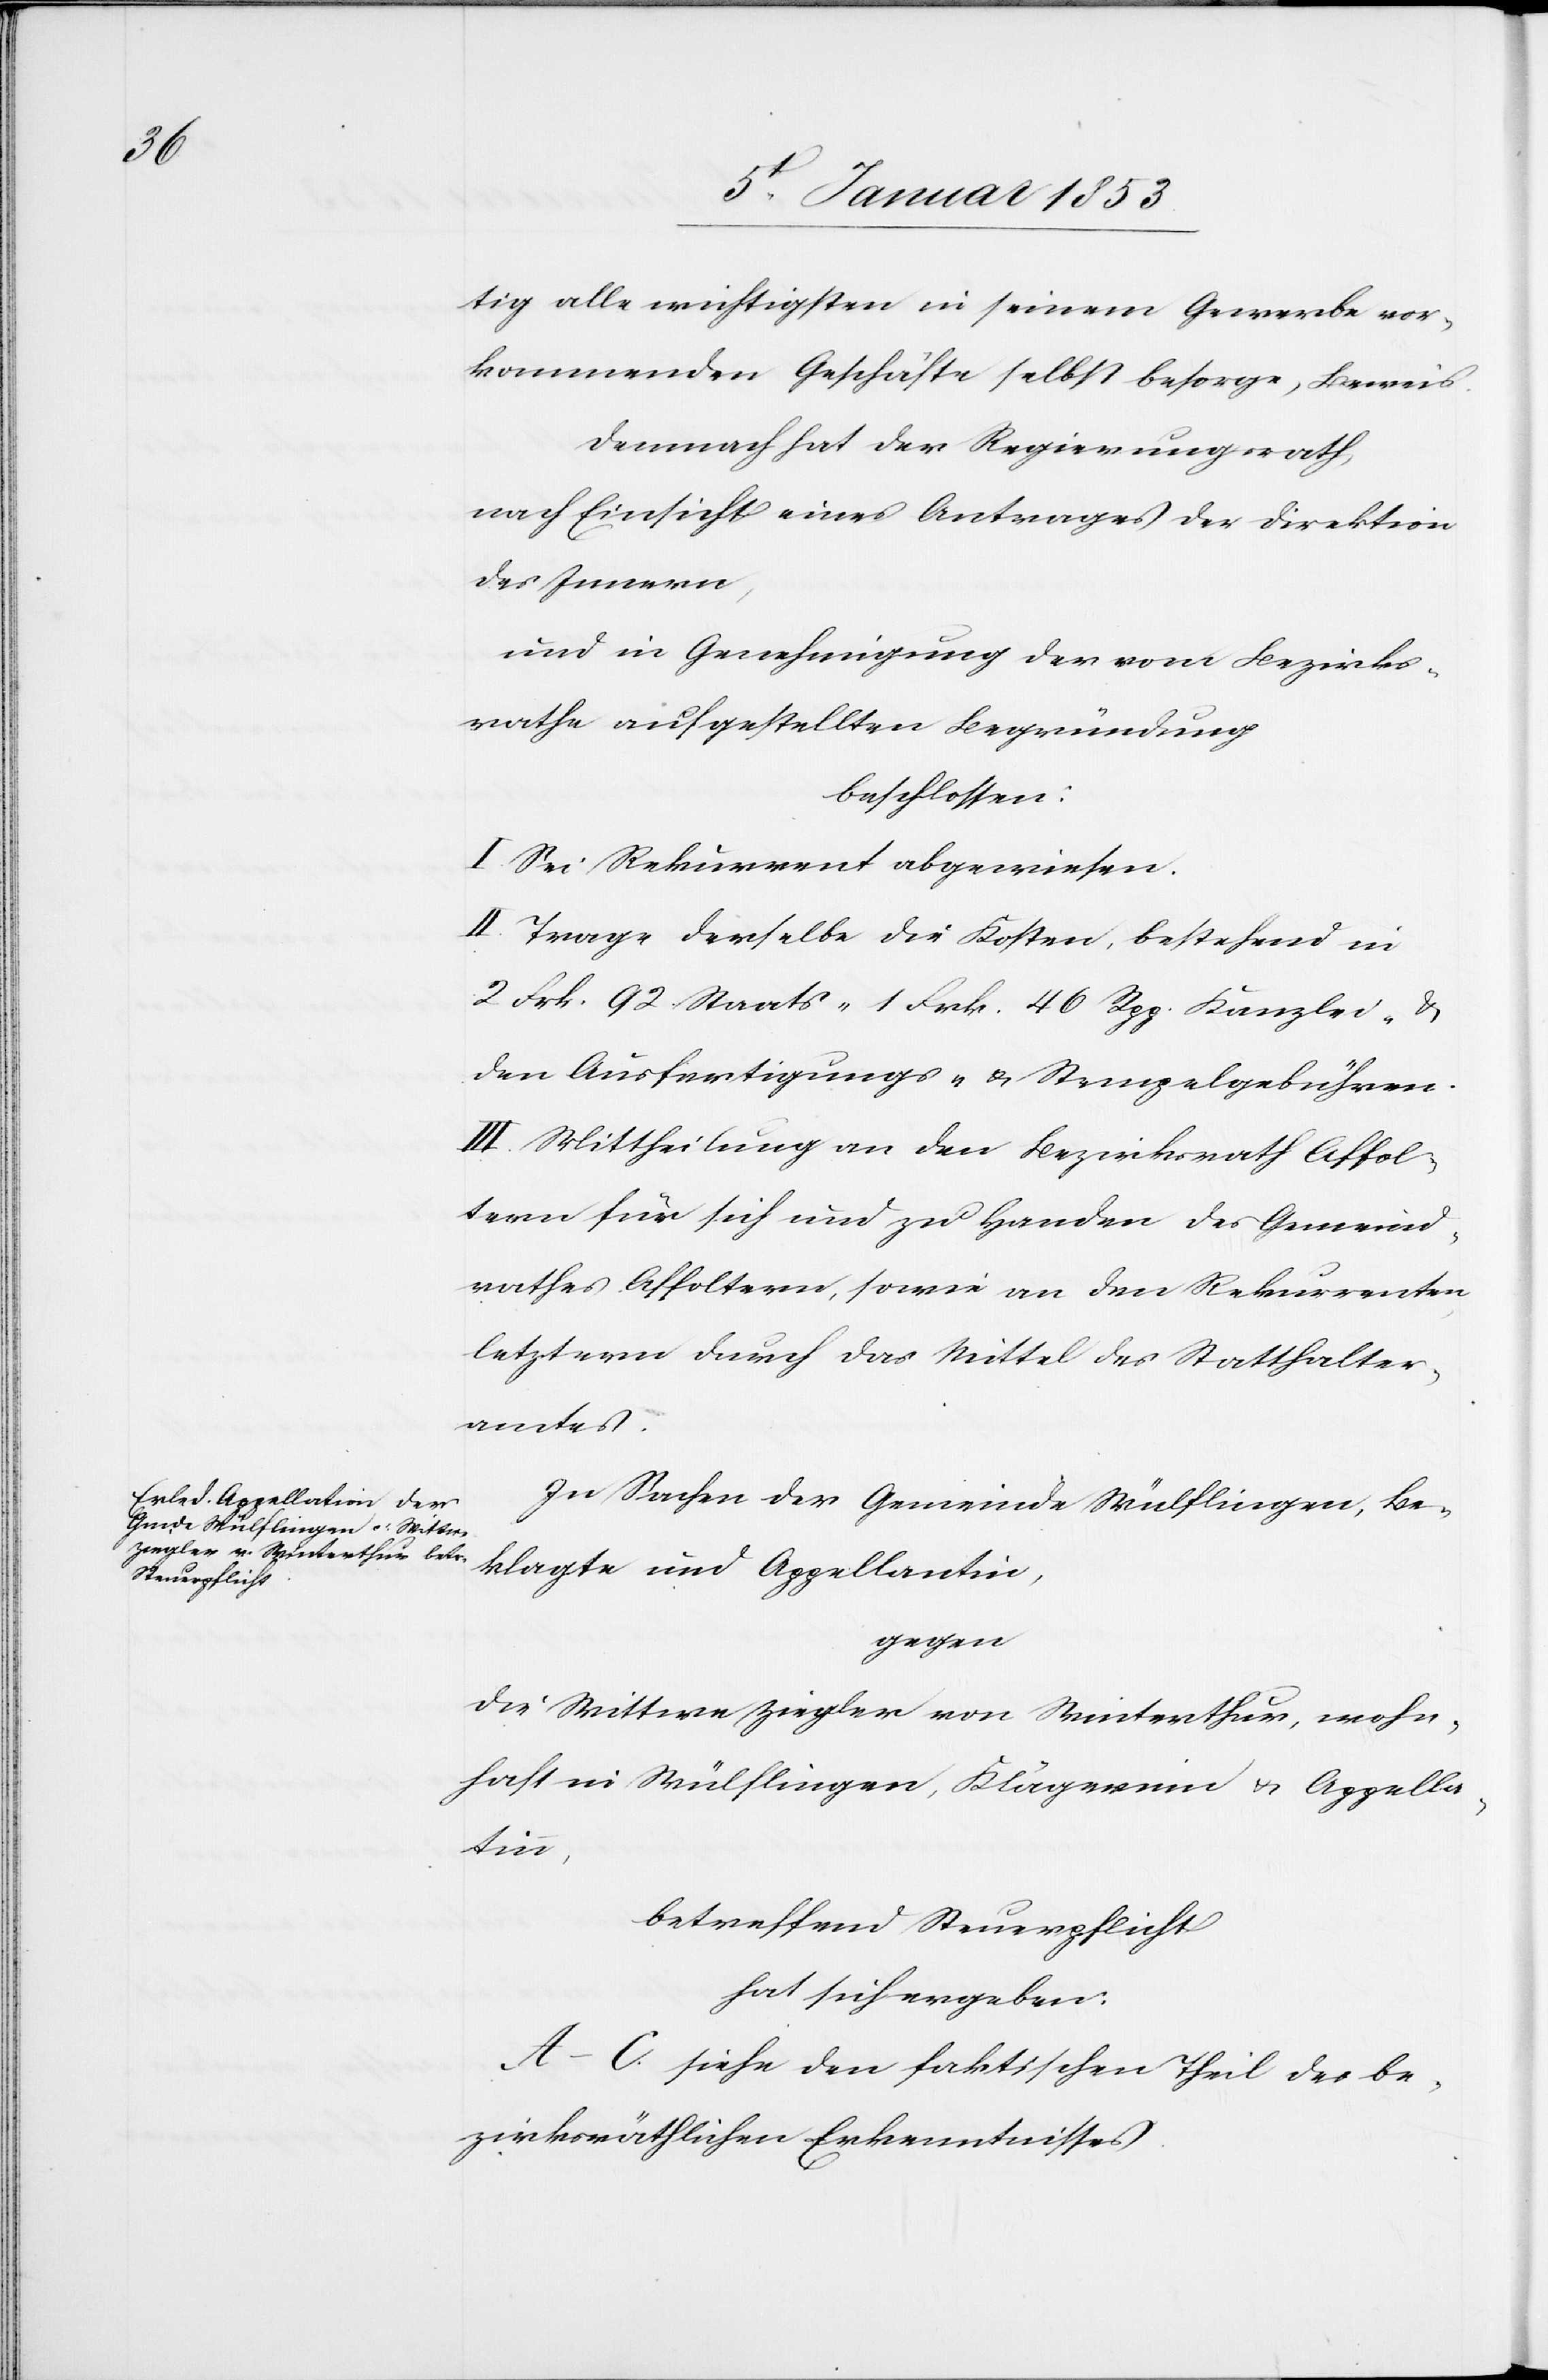
tig alle wichtigsten in seinem Gewerbe vor¬
kommenden Geschäfte selbst besorge, Beweis.
demnach hat der Regierungsrath,
nach Einsicht eines Antrages der Direktion
des Innern,
und in Genehmigung der vom Bezirks¬
rathe aufgestellten Begründung
beschlossen:
I. Sei Rekurrent abgewiesen.
II. Trage derselbe die Kosten bestehend in
2 Frk. 92. Staats- 1 Frk. 46 Rpp. Kanzlei- u.
den Ausfertigungs- u. Stempelgebühren.
III. Mittheilung an den Bezirksrath Affol¬
tern für sich und zu Handen des Gemeind¬
rathes Affoltern, sowie an den Rekurrenten
letzterm durch das Mittel des Statthalter¬
amt.
In Sachen der Gemeinde Wülflingen, Be¬
klagte und Appellantin,
gegen
die Wittwe Ziegler von Winterthur, wohn¬
haft in Wülflingen, Klägerinn & Appella¬
tin,
betreffend Steuerpflicht
hat sich ergeben:
A–C. siehe den faktischen Theil des be¬
zirksräthlichen Erkenntnisses.